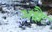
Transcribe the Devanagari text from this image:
अक्षैः